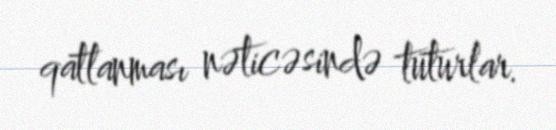
qatlanması nəticəsində tuturlar.